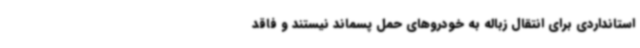
استانداردی برای انتقال زباله به خودروهای حمل پسماند نیستند و فاقد